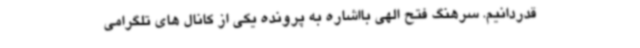
قدردانیم. سرهنگ فتح الهی بااشاره به پرونده یکی از کانال های تلگرامی